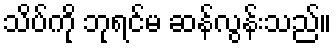
သိပ်ကို ဘုရင်မ ဆန်လွန်းသည်။